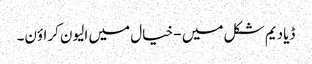
ڈیادیم شکل میں - خیال میں الیون کراؤن۔